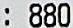
: 880